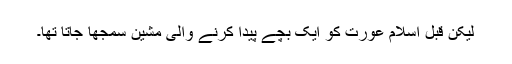
لیکن قبل اسلام عورت کو ایک بچے پیدا کرنے والی مشین سمجھا جاتا تھا۔